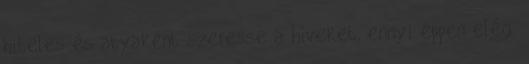
hiteles és atyaként szeresse a híveket, ennyi éppen elég.